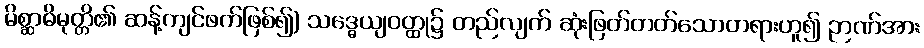
မိစ္ဆာဓိမုတ္တိ၏ ဆန့်ကျင်ဖက်ဖြစ်၍) သဒ္ဓေယျဝတ္ထု၌ တည်လျက် ဆုံးဖြတ်တတ်သောတရားဟူ၍ ဉာဏ်အား